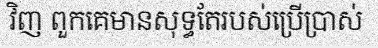
វិញ ពួកគេមានសុទ្ធតែរបស់ប្រើប្រាស់